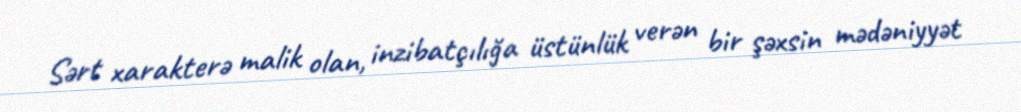
Sərt xarakterə malik olan, inzibatçılığa üstünlük verən bir şəxsin mədəniyyət